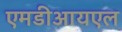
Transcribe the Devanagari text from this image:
एमडीआयएल